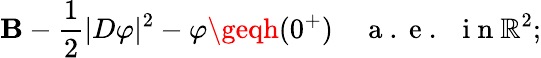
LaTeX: \mathbf{B}-\frac{1}{2}|D\varphi|^{2}-\varphi\geqh(0^{+})\quad\mathrm{{~a~.~e~.~~~i~n~}}\mathbb{{R}}^{2};